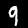
Digit: 9